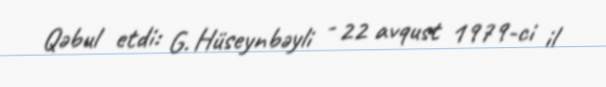
Qəbul etdi: G. Hüseynbəyli - 22 avqust 1979-ci il